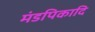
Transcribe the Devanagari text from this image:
मंडपिकादि